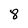
Character: 8